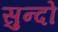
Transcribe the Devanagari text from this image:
सुन्दो